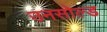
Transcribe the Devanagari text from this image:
उनसोल्ड